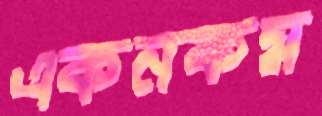
একনকম